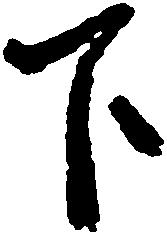
下